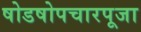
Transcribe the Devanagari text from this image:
षोडषोपचारपूजा